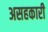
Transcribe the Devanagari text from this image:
असहकारी